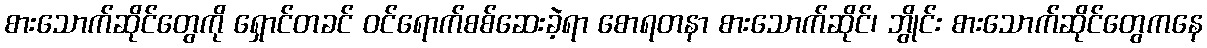
စားသောက်ဆိုင်တွေကို ရှောင်တခင် ဝင်ရောက်စစ်ဆေးခဲ့ရာ စောရတနာ စားသောက်ဆိုင်၊ ဘွိုင်း စားသောက်ဆိုင်တွေကနေ